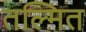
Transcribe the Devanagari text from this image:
तल्मित